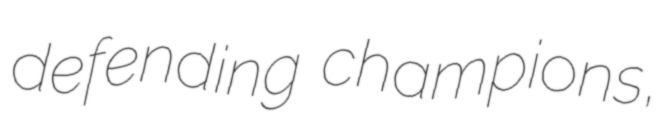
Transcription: defending champions,